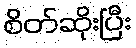
စိတ်ဆိုးပြီး